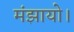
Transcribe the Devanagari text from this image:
मंझायो।